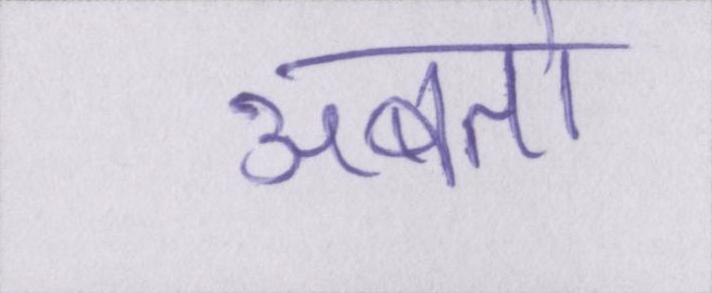
अबतो